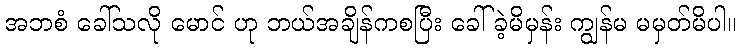
အဘစံ ခေါ်သလို မောင် ဟု ဘယ်အချိန်ကစပြီး ခေါ်ခဲ့မိမှန်း ကျွန်မ မမှတ်မိပါ။